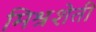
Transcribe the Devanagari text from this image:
मिश्रशेती